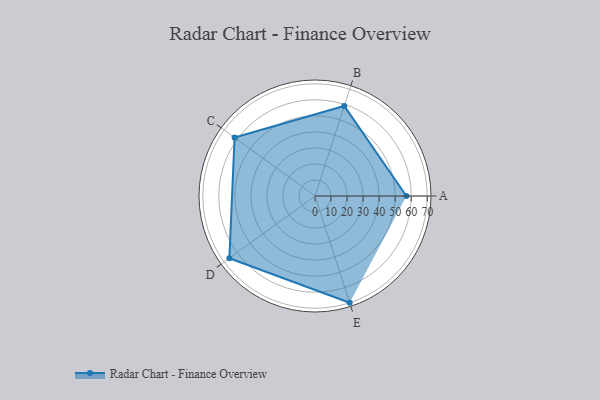
{"axis": {"x": "Skill", "y": "Score"}, "legend": ["Profile"], "data": [{"x": "A", "y": 57.0, "type": "Profile"}, {"x": "B", "y": 59.0, "type": "Profile"}, {"x": "C", "y": 62.0, "type": "Profile"}, {"x": "D", "y": 66.0, "type": "Profile"}, {"x": "E", "y": 70.0, "type": "Profile"}]}